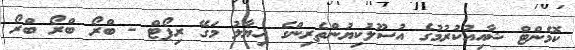
ކޮމެންޓް ޝާއިއުކުރުމުގެ އުސޫލުކިޔުންތެރިންގެ ހިޔާލު މަގޭ ރިޕޯޓް - ބްރޯ ބްރޯ ބްރޯ